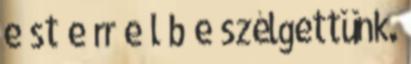
e st e rr e l b e szélgettünk.